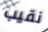
نقيب